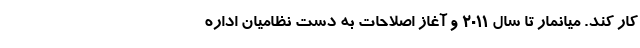
کار کند. میانمار تا سال ۲۰۱۱ و آغاز اصلاحات به دست نظامیان اداره